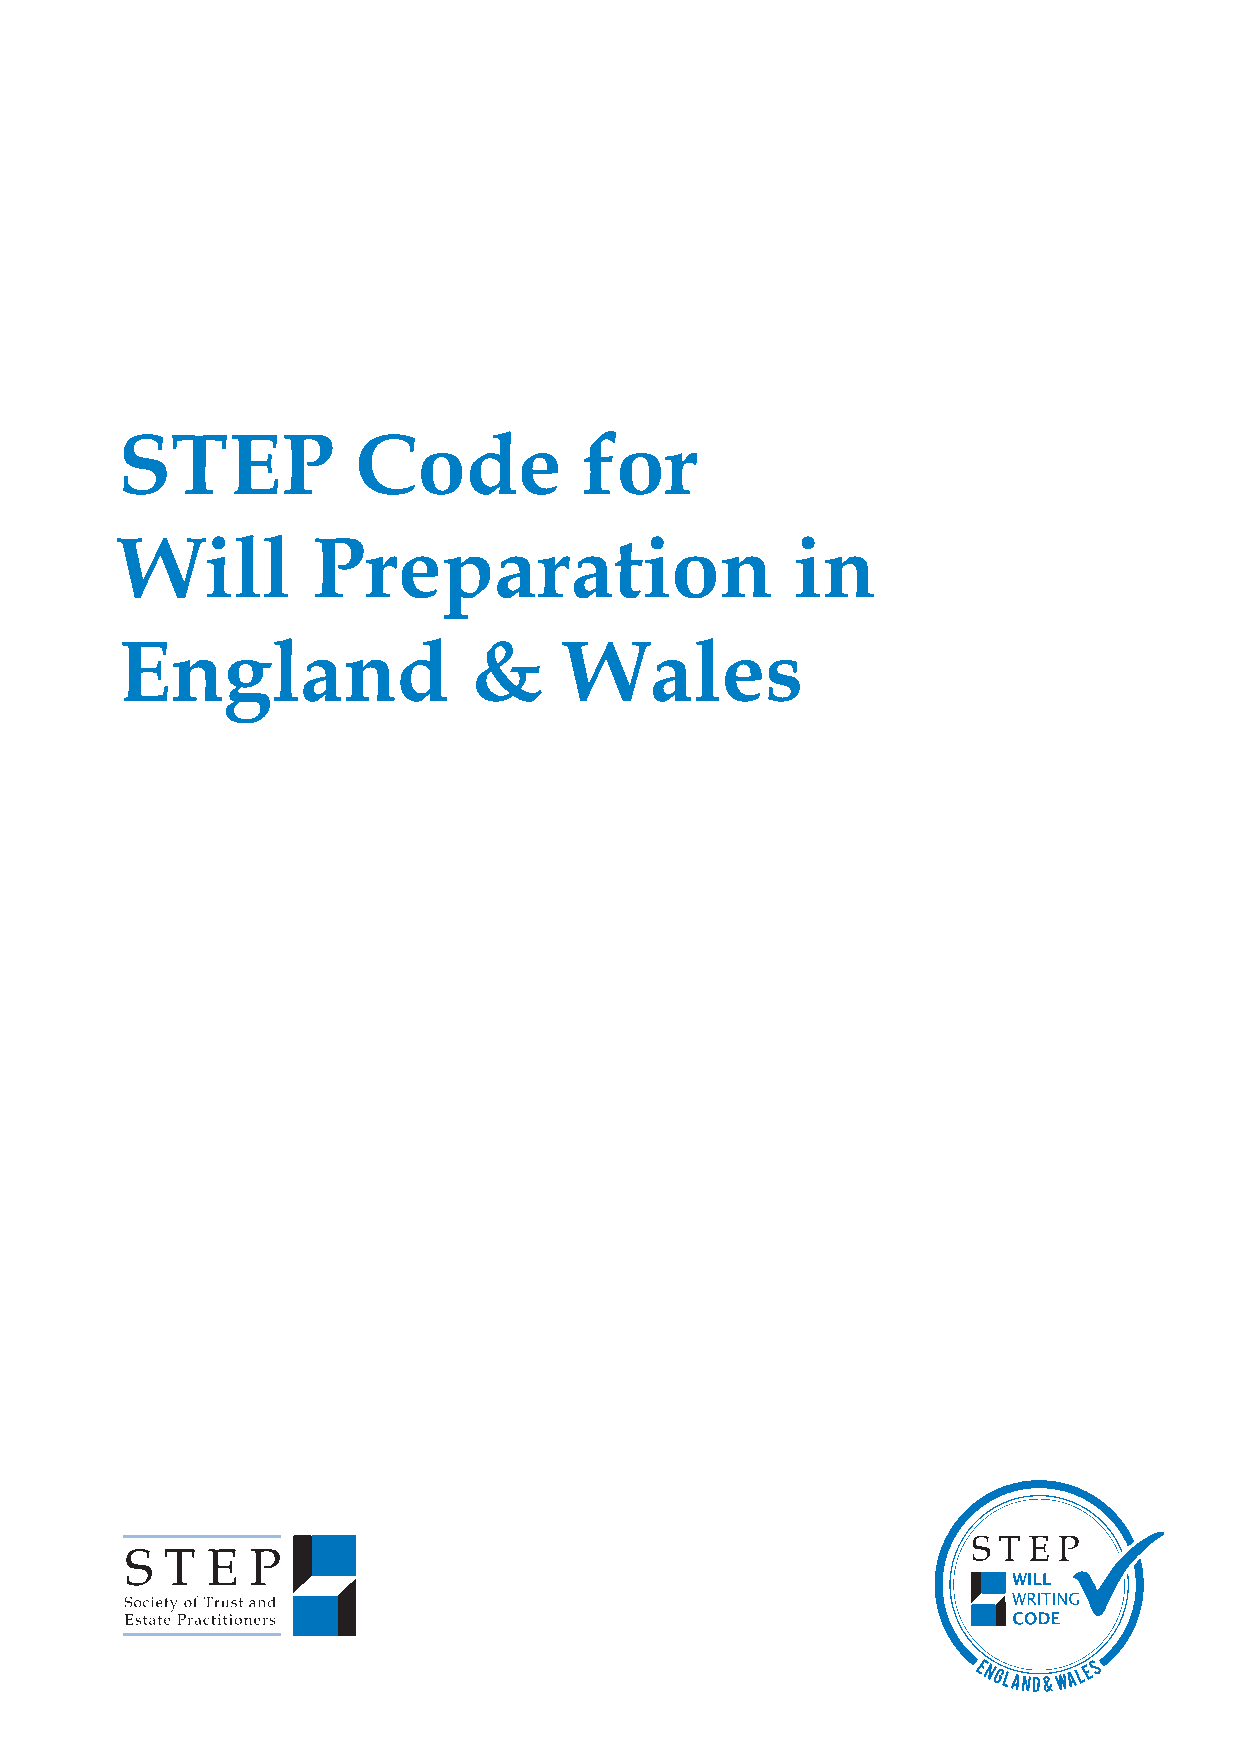
STEP            Code           for
 Will         Preparation                     in
 England                &     Wales